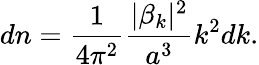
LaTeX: dn=\frac{1}{4\pi^{2}}\frac{|\beta_{k}|^{2}}{a^{3}}k^{2}dk.